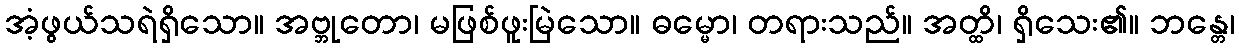
အံ့ဖွယ်သရဲရှိသော။ အဗ္ဘုတော၊ မဖြစ်ဖူးမြဲသော။ ဓမ္မော၊ တရားသည်။ အတ္ထိ၊ ရှိသေး၏။ ဘန္တေ၊